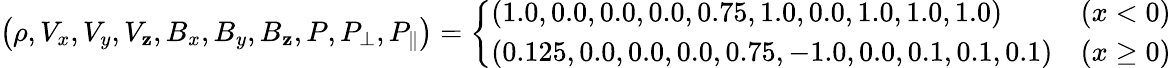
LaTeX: \left(\rho,V_{x},V_{y},V_{\mathbf{z}},B_{x},B_{y},B_{\mathbf{z}},P,P_{\perp},P_{\| }\right)=\left\{ \begin{array}{ll}{(1.0,0.0,0.0,0.0,0.75,1.0,0.0,1.0,1.0,1.0)}&{(x<0)}\\ {(0.125,0.0,0.0,0.0,0.75,-1.0,0.0,0.1,0.1,0.1)}&{(x\geq 0)}\end{array}\right.